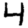
Digit: 4